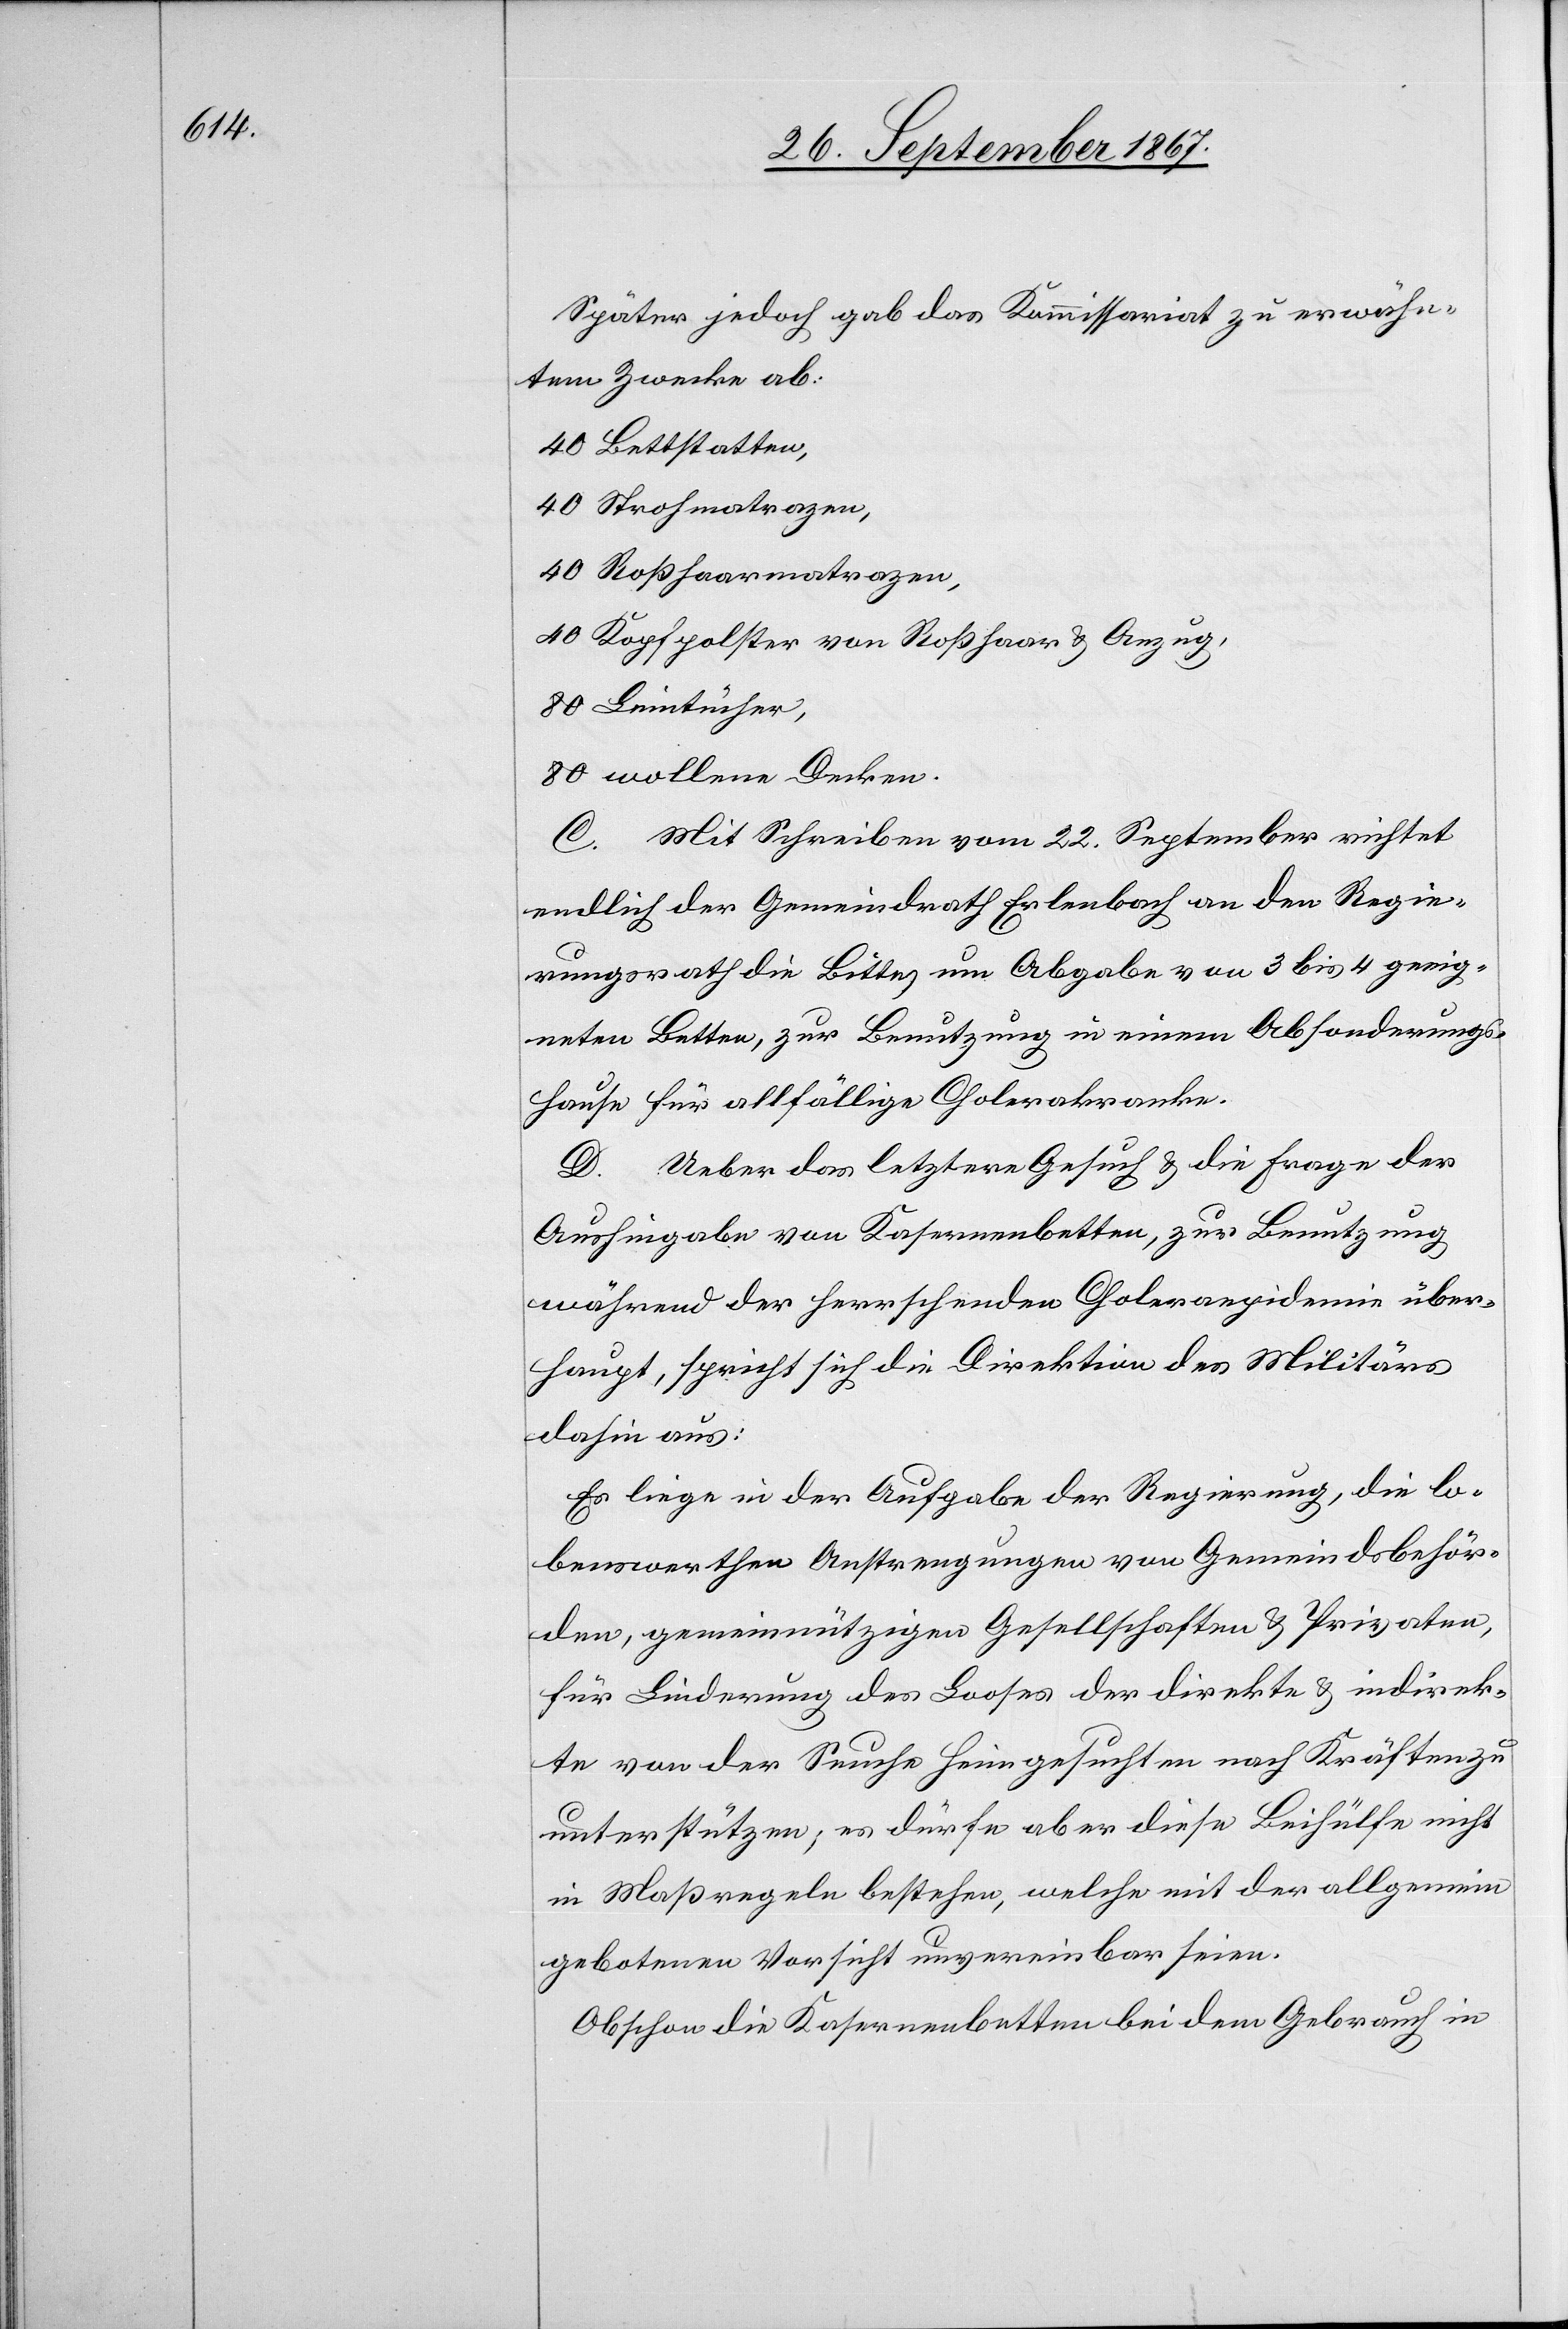
Später jedoch gab das Kommissariat zu erwähn¬
ten Zwecken ab:
40 Bettstatten,
40 Strohmatrazen,
40 Roßhaarmatrazen,
40 Kopfpolster von Roßhaar u. Anzug,
80 Leintücher,
80 wollene Decken.
C. Mit Schreiben vom 22. September richtet
endlich der Gemeindrath Erlenbach an den Regie¬
rungsrath die Bitte um Abgabe von 3 bis 4 geeig¬
neten Betten, zur Benutzung in einem Absonderungs¬
hause für allfällige Cholerakranke.
D. Ueber das letztere Gesuch u. die Frage der
Aushingabe von Kasernenbetten, zur Benutzung
während der herrschenden Choleraepidemie über¬
haupt, spricht sich die Direktion des Militärs
dahin aus:
Es liege in der Aufgabe der Regierung, die lo¬
benswerthen Anstrengungen von Gemeindsbehör¬
den, gemeinnützigen Gesellschaften u. Privaten,
für Linderung des Looses der direkte u. indirek¬
te von der Seuche heimgesuchten nach Kräften zu
unterstützen, es dürfe aber diese Beihülfe nicht
in Maßregeln bestehen, welche mit der allgemein
gebotenen Vorsicht unvereinbar seien.
Obschon die Kasernenbetten bei dem Gebrauch in